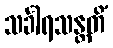
သင်္ခါရသန္တတိံ